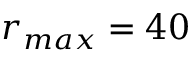
r _ { m a x } = 4 0